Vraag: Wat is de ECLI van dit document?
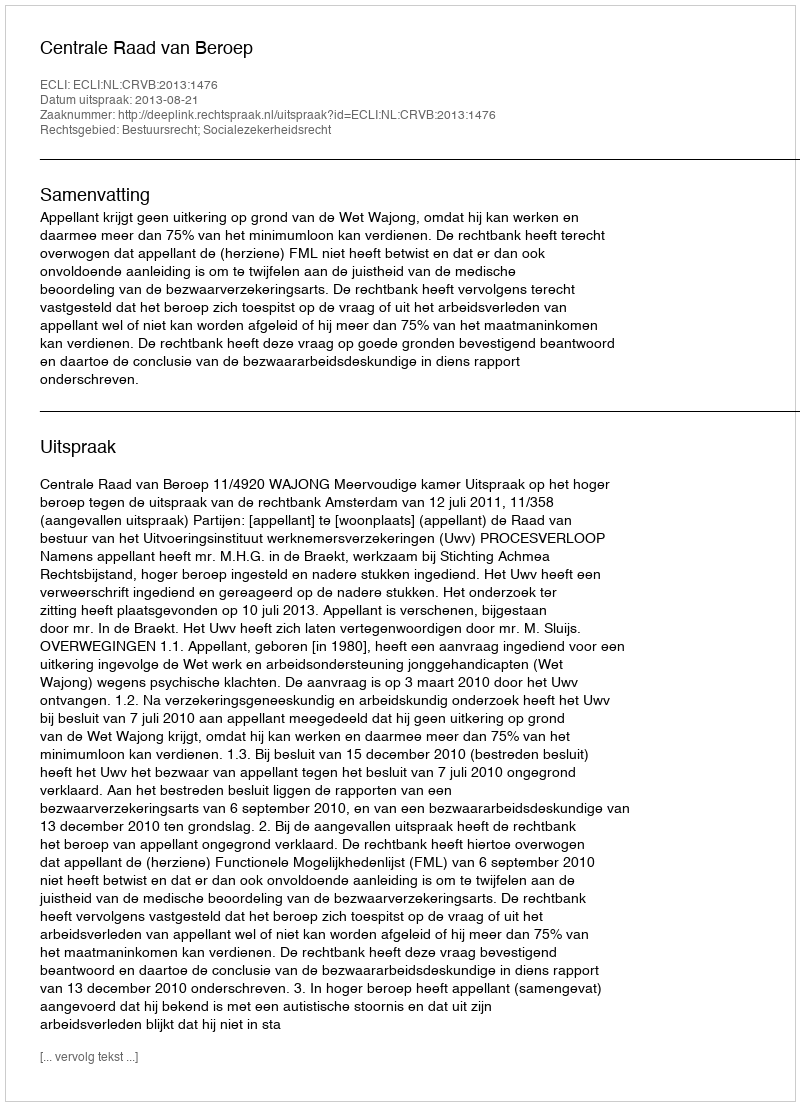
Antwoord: ECLI:NL:CRVB:2013:1476